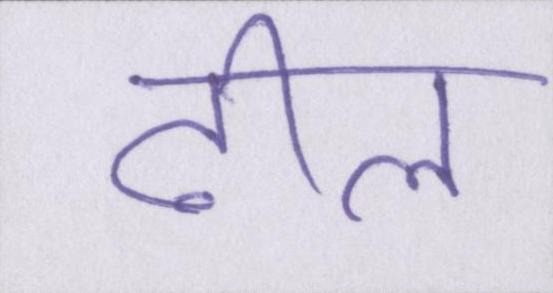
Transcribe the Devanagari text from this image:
ढील